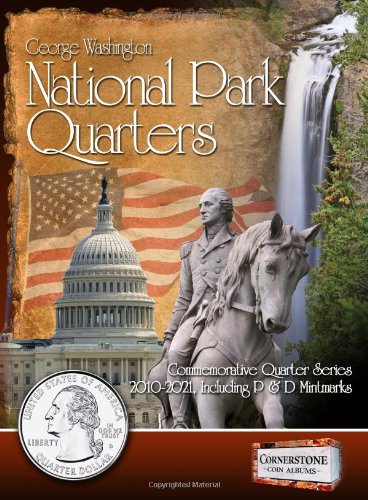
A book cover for National Park Quarters Album, 2010-2021 P&D (Cornerstone Coin Albums); Zyrus Press; Crafts, Hobbies & Home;